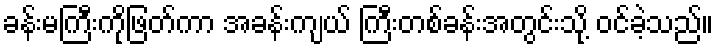
ခန်းမကြီးကိုဖြတ်ကာ အခန်းကျယ် ကြီးတစ်ခန်းအတွင်းသို့ ဝင်ခဲ့သည်။